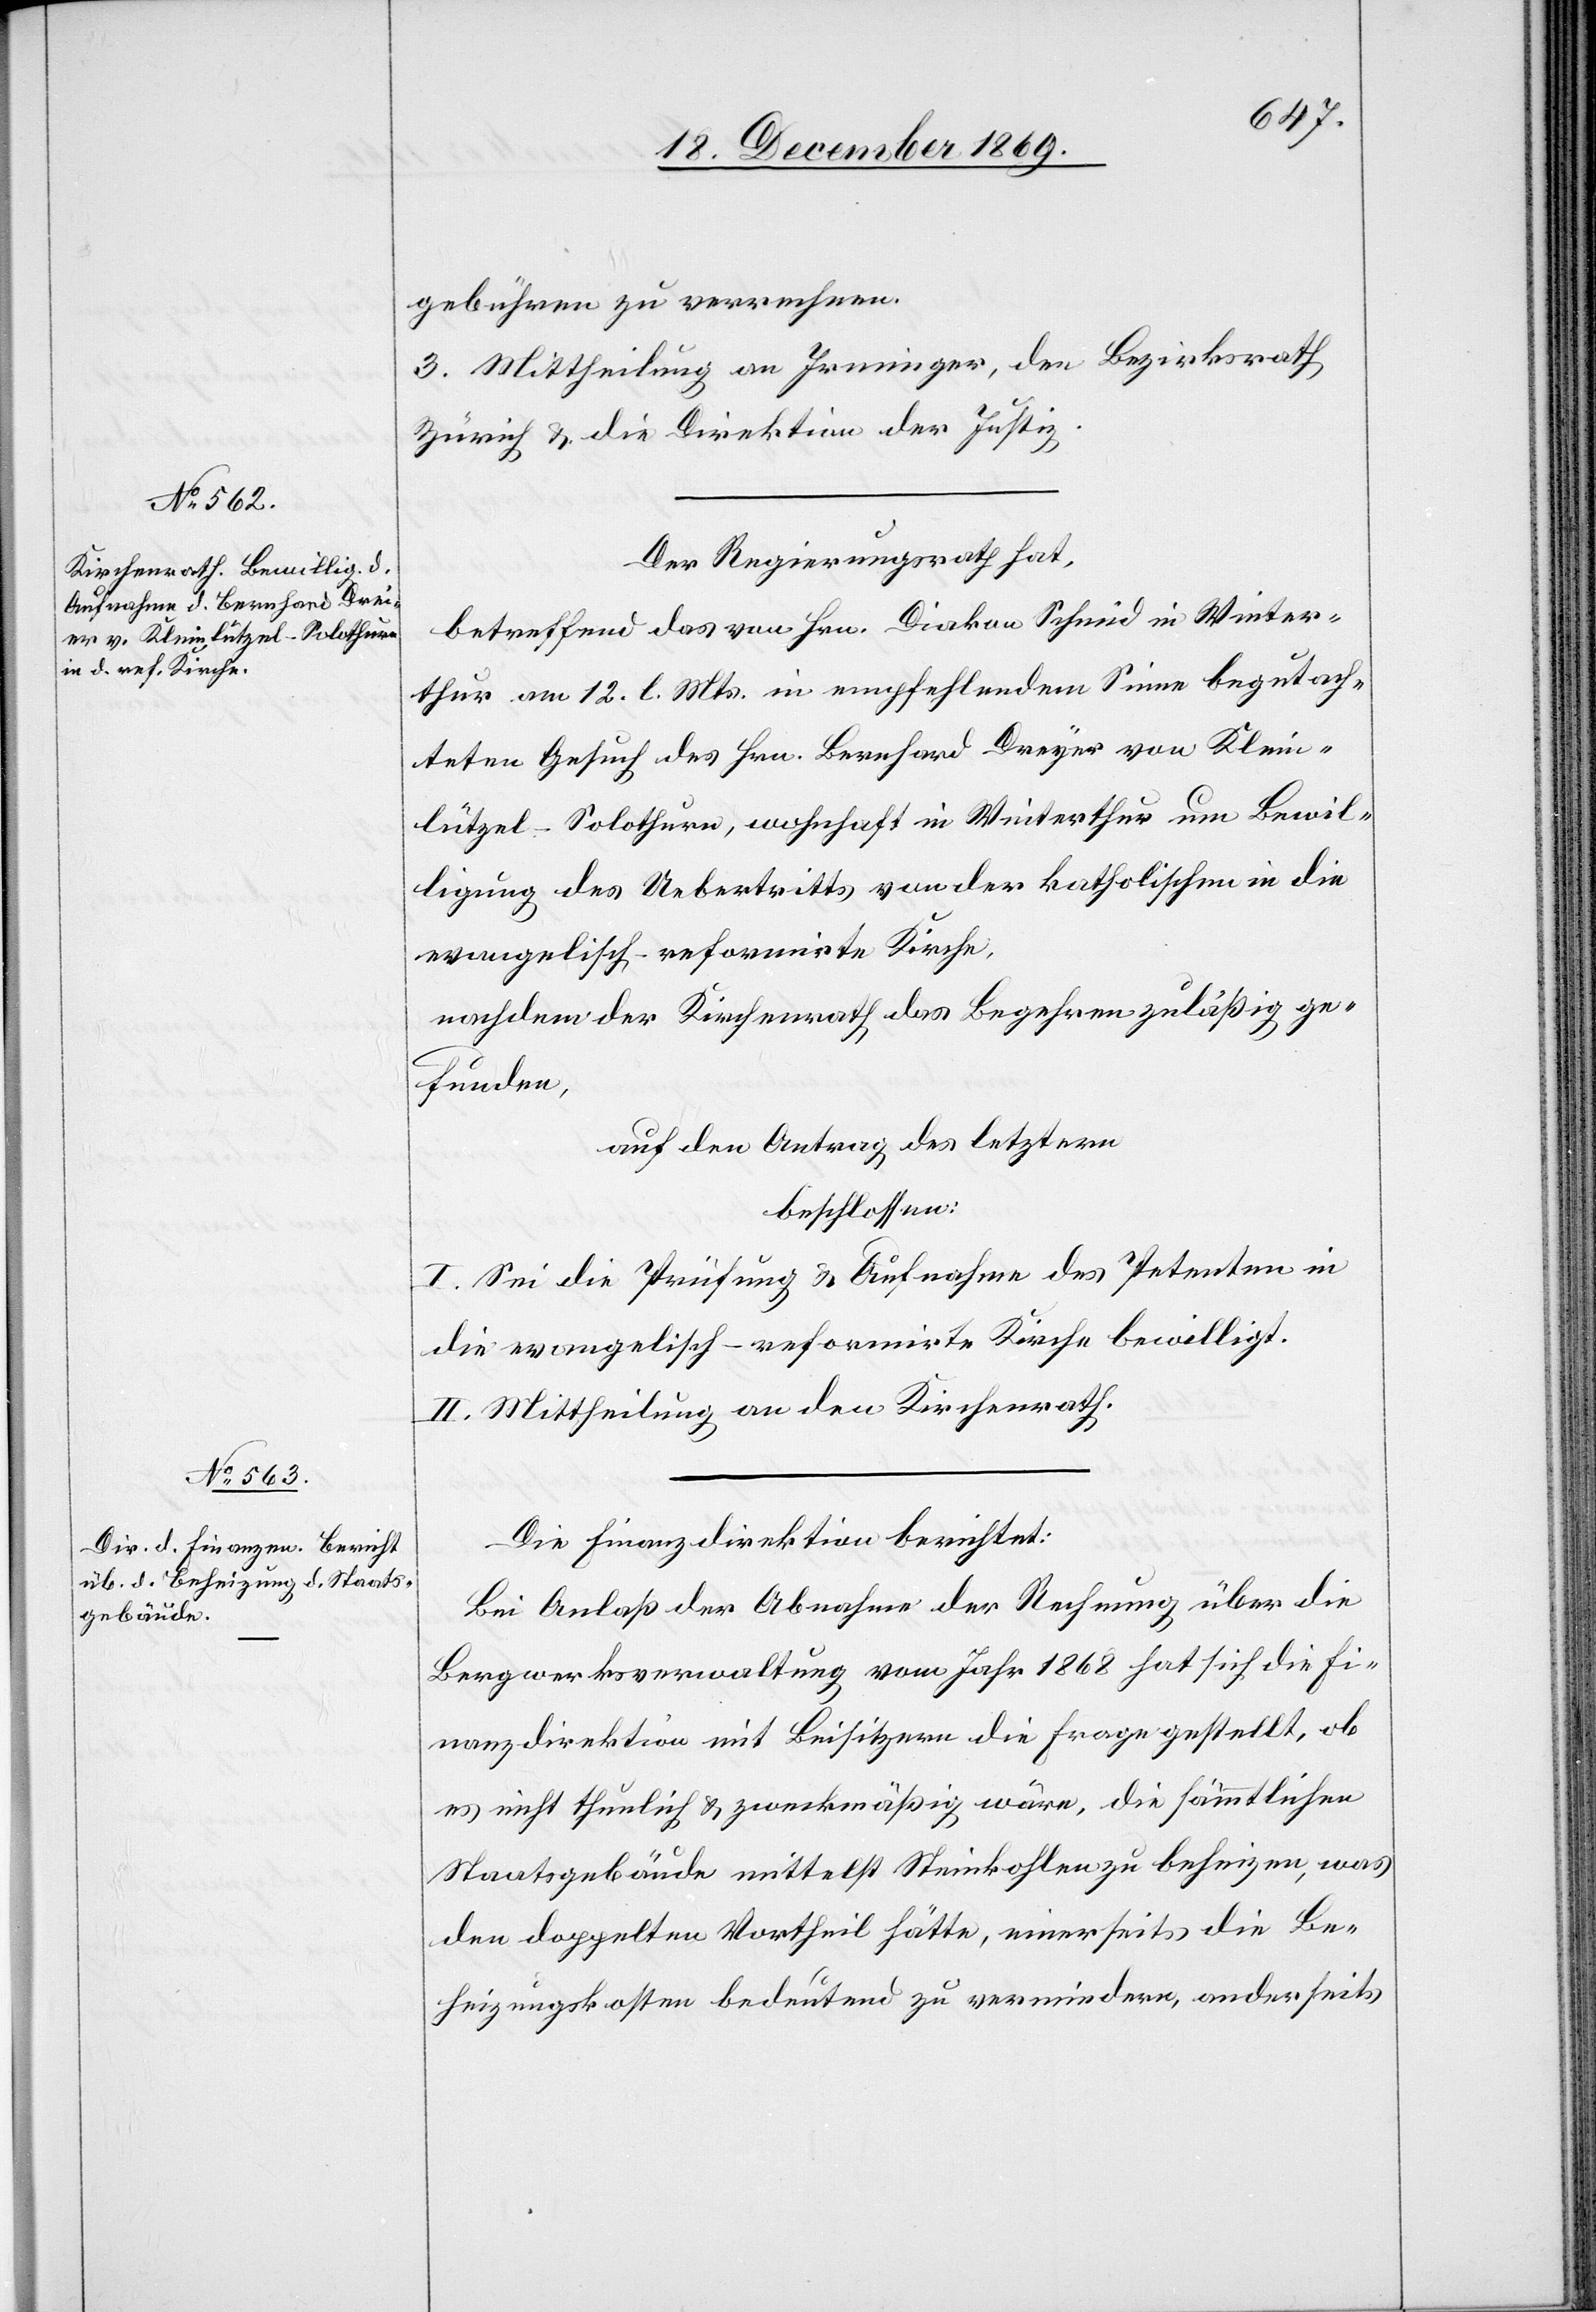
gebühren zu verrechnen.
3. Mittheilung an Irminger, den Bezirksrath
Zürich & die Direktion der Justiz.
Der Regierungsrath hat,
betreffend das von Hrn. Diakon Schmid in Winter¬
thur am 12. l. Mts. in empfehlendem Sinne begutach¬
teten Gesuch des Hrn. Bernhard Dreyer [sic!] von Klein¬
lützel - Solothurn, wohnhaft in Winterthur um Bewil¬
ligung des Uebertritts von der katholischen in die
evangelisch-reformirte Kirche,
nachdem der Kirchenrath das Begehren zuläßig ge¬
funden,
auf den Antrag des letztern
beschlossen:
I. Sei die Prüfung & Aufnahme des Petenten in
die evangelisch-reformirte Kirche bewilligt.
II. Mittheilung an den Kirchenrath.
Die Finanzdirektion berichtet:
Bei Anlaß der Abnahme der Rechnung über die
Bergwerksverwaltung vom Jahr 1868 hat sich die Fi¬
nanzdirektion mit Beisitzern die Frage gestellt, ob
es nicht thunlich & zweckmäßig wäre, die sämmtlichen
Staatsgebäude mittelst Steinkohlen zu beheizen, was
den doppelten Vortheil hätte, einerseits die Be¬
heizungskosten bedeutend zu vermindern, anderseits